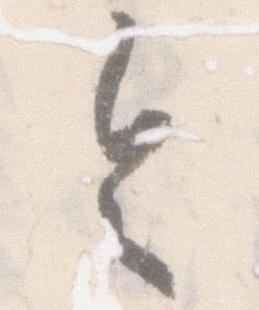
令